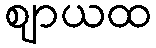
ဈာယထ